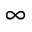
\infty